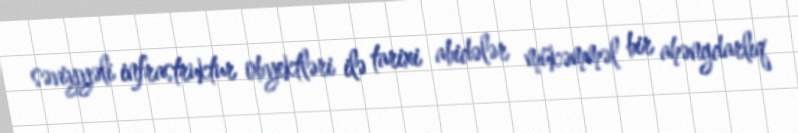
səviyyəli infrastruktur obyektləri ilə tarixi abidələr mükəmməl bir ahəngdarlıq